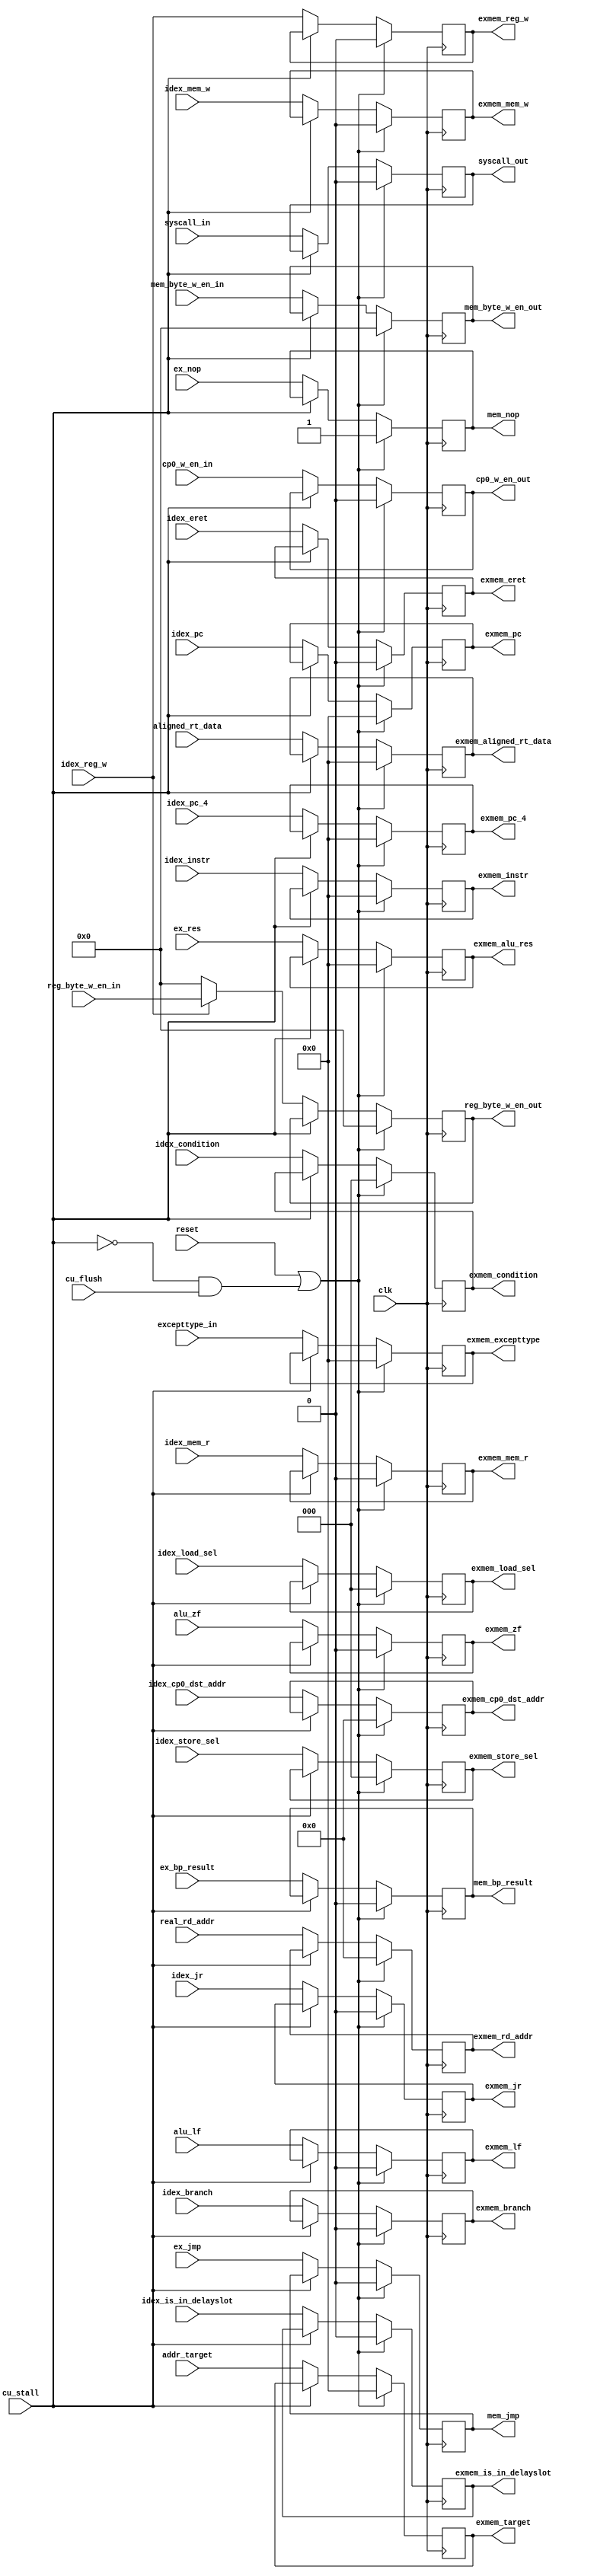
`timescale 1ns / 1ps
//////////////////////////////////////////////////////////////////////////////////
// Company:  
// Engineer: 
// 
// Design Name: 
// Module Name: exmem_reg
// Project Name: 
// Target Devices: 
// Tool Versions: 
// Description: 
// 
// Dependencies: 
// 
// Revision:
// Revision 0.01 - File Created
// Additional Comments:
// 
//////////////////////////////////////////////////////////////////////////////////


module exmem_reg(
    input clk,
    input reset,
    input cu_stall,
    input cu_flush,
    input ex_nop,
    input ex_jmp,
    input idex_mem_w,
    input idex_mem_r,
    input idex_reg_w,
    input idex_branch,
    input [2:0] idex_condition,
    input [31:0] addr_target,
    input alu_lf,
    input alu_zf,
    input [31:0] ex_res,
    input [4:0] real_rd_addr,
    input [2:0] idex_load_sel,
    input [2:0] idex_store_sel,
    input [3:0] reg_byte_w_en_in,
    input [3:0] mem_byte_w_en_in,
    input [31:0] idex_pc,
    input [31:0] idex_pc_4,
    input [31:0] aligned_rt_data,
    input [4:0] idex_cp0_dst_addr,
    input cp0_w_en_in,
    input syscall_in,
    input idex_eret,
    input [31:0] idex_instr,

    //input
    input idex_is_in_delayslot, //?
    input [31:0] excepttype_in, //exe
    input idex_jr,

    input ex_bp_result,

    output reg mem_nop,
    output reg mem_jmp,
    output reg [31:0] exmem_pc,
    output reg exmem_mem_w,
    output reg exmem_mem_r,
    output reg exmem_reg_w,
    output reg [3:0] reg_byte_w_en_out,
    output reg [4:0] exmem_rd_addr,
    output reg [3:0] mem_byte_w_en_out,
    output reg [31:0] exmem_alu_res,
    output reg [31:0] exmem_aligned_rt_data,
    output reg exmem_branch,
    output reg [2:0] exmem_condition,
    output reg [31:0] exmem_target,
    output reg [31:0] exmem_pc_4,
    output reg exmem_lf,
    output reg exmem_zf,
    output reg [2:0] exmem_load_sel,
    output reg [2:0] exmem_store_sel,
    output reg [4:0] exmem_cp0_dst_addr,
    output reg cp0_w_en_out,
    output reg syscall_out,
    output reg exmem_eret,
    output reg [31:0] exmem_instr,

    //output
    output reg exmem_is_in_delayslot,
    output reg [31:0] exmem_excepttype,
    output reg exmem_jr,
    
    output reg mem_bp_result

    );

    always@(posedge clk) begin
        if (reset || (!cu_stall && cu_flush)) begin
            exmem_pc        <= 0;
            exmem_mem_w     <= 0;
            exmem_mem_r     <= 0;
            exmem_reg_w     <= 0;
            reg_byte_w_en_out   <= 0;
            exmem_rd_addr   <= 0;
            mem_byte_w_en_out   <= 0;
            exmem_alu_res   <= 0;
            exmem_aligned_rt_data   <= 0;
            exmem_branch    <= 0;
            exmem_condition <= 0;
            exmem_target    <= 0;
            exmem_pc_4      <= 0;
            exmem_lf        <= 0;
            exmem_zf        <= 0;
            exmem_load_sel  <= 0;
            exmem_store_sel <= 0;
            exmem_cp0_dst_addr <= 0;
            cp0_w_en_out    <= 0;
            syscall_out     <= 0;
            exmem_eret      <= 0;
            mem_nop         <= 1;
            mem_jmp         <= 0;
            exmem_instr     <= 32'd0;

            //flush
            exmem_is_in_delayslot <= 1'b0;
            exmem_excepttype <= 32'd0;
            exmem_jr <= 1'b0;
            
            mem_bp_result <= 0;

        end
        else if (!cu_stall) begin
            exmem_pc        <= idex_pc;
            exmem_mem_w     <= idex_mem_w;
            exmem_mem_r     <= idex_mem_r;
            exmem_reg_w     <= idex_reg_w;
            if(idex_reg_w)
                reg_byte_w_en_out   <= reg_byte_w_en_in;
            else
                reg_byte_w_en_out <= 0;
            exmem_rd_addr   <= real_rd_addr;
            mem_byte_w_en_out   <= mem_byte_w_en_in;
            exmem_alu_res   <= ex_res;
            exmem_aligned_rt_data   <= aligned_rt_data;
            exmem_branch    <= idex_branch;
            exmem_condition <= idex_condition;
            exmem_target    <= addr_target;
            exmem_pc_4      <= idex_pc_4;
            exmem_lf        <= alu_lf;
            exmem_zf        <= alu_zf;
            exmem_load_sel  <= idex_load_sel;
            exmem_store_sel  <= idex_store_sel;
            exmem_cp0_dst_addr <= idex_cp0_dst_addr;
            cp0_w_en_out        <= cp0_w_en_in;
            syscall_out         <= syscall_in;
            exmem_eret      <= idex_eret;
            mem_nop         <= ex_nop;
            mem_jmp         <= ex_jmp;
            exmem_instr     <= idex_instr;

            //??
            exmem_is_in_delayslot <= idex_is_in_delayslot;
            exmem_excepttype <= excepttype_in;
            exmem_jr <= idex_jr;
            
            mem_bp_result <= ex_bp_result;

        end
    end
endmodule